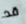
قد